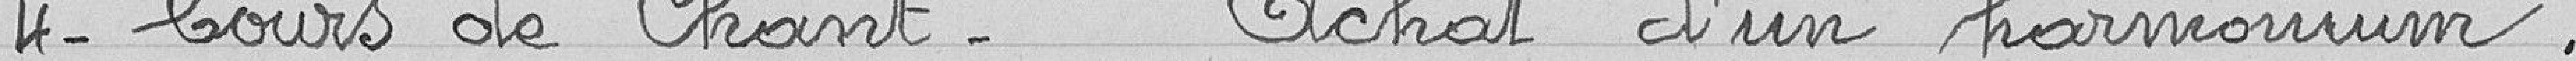
4- Cours de chant - Achat d'un harmonium.